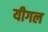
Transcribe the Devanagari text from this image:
यीगल